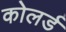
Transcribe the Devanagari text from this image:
कोलर्ड